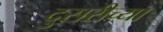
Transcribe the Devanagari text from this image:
दुसरीच्या